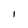
Character: I